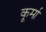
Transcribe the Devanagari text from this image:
कूर्मा